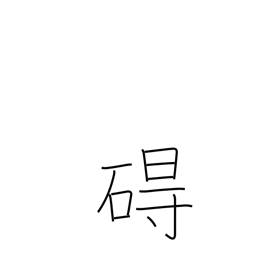
Meaning: obstacle